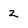
Character: 2